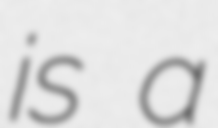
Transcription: is a